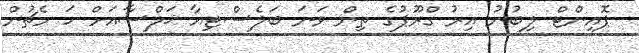
ޕޮއިންޓް ލިބުނު އިރު ގްރޫޕުގެ ތިން ވަނަ ބަލެސްޓިއާ ޚަލްސާއަށް ހަ މެޗުން